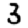
Digit: 3